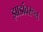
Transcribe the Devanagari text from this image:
झाडांवरून